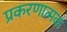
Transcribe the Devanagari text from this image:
प्रकरणात्मक